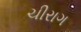
ચીરાગ